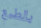
بالطبع